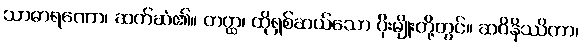
သာဓာရဏော၊ ဆက်ဆံ၏။ တတ္ထ၊ ထိုရှစ်ဆယ်သော ပိုးမျိုးတို့တွင်။ ဆဝိနိဿိတာ၊